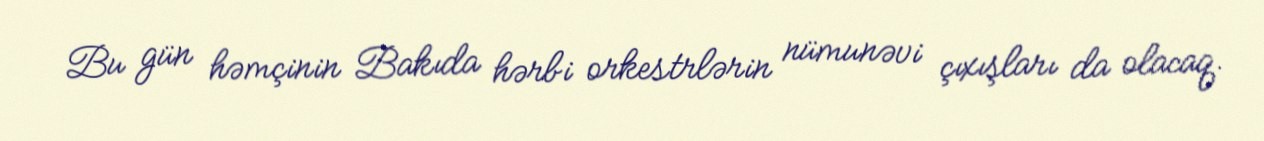
Bu gün həmçinin Bakıda hərbi orkestrlərin nümunəvi çıxışları da olacaq.